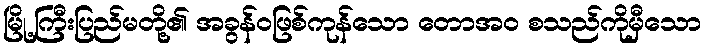
မြို့ကြီးပြည်မတို့၏ အခွန်ဝဖြစ်ကုန်သော တောအဝ စသည်ကိုမှီသော